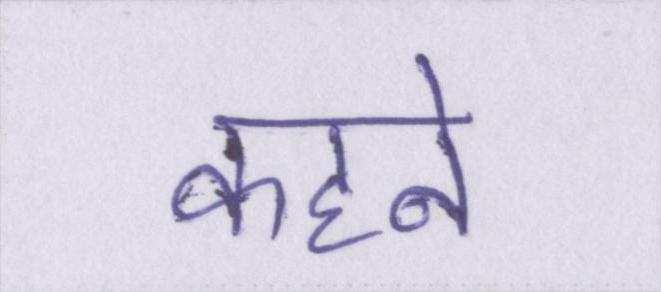
कहने